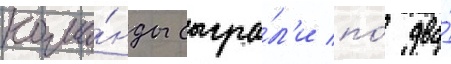
кома́нды сыгра́л'и по́ два́